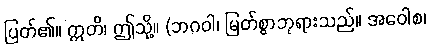
ပြတ်၏။ ဣတိ၊ ဤသို့။ (ဘဂဝါ၊ မြတ်စွာဘုရားသည်။ အဝေါစ၊